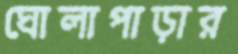
ঘোলাপাড়ার